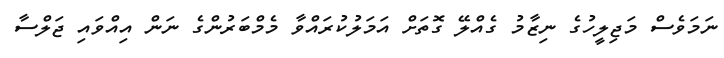
ނަމަވެސް މަޖިލީހުގެ ނިޒާމު ގެއްލޭ ގޮތަށް އަމަލުކުރައްވާ މެމްބަރުންގެ ނަން އިއްވައި ޖަލްސާ